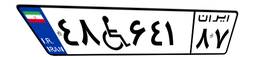
۹۶W۹۰۹۳۸